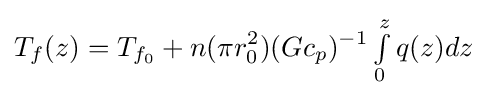
T_{f}(z)=T_{f_{0}}+n(\pi r_{0}^{2})(Gc_{p})^{-1}\textstyle \int \limits _{0}^{z}\displaystyle q(z)dz